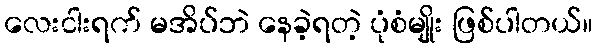
လေးငါးရက် မအိပ်ဘဲ နေခဲ့ရတဲ့ ပုံစံမျိုး ဖြစ်ပါတယ်။